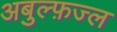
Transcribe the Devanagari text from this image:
अबुल्फ़ज्ल